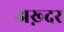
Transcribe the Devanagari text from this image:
अख़्दर